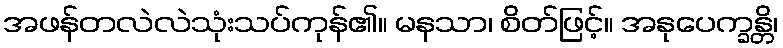
အဖန်တလဲလဲသုံးသပ်ကုန်၏။ မနသာ၊ စိတ်ဖြင့်။ အနုပေက္ခန္တိ၊